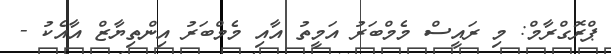
ޕްރޮގްރާމް: މި ރައީސް މެމްބަރު އަމީތު އާއި މެމްބަރު އިންތިޔާޒް އާއެކު -